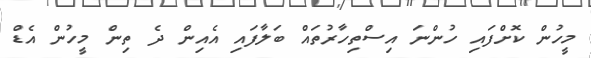
މީހުން ކޮށްފައި ހުންނަ އިސްތިހާރުތައް ބަލާފައި އެއިން ދެ ތިން މީހުން އެޑް